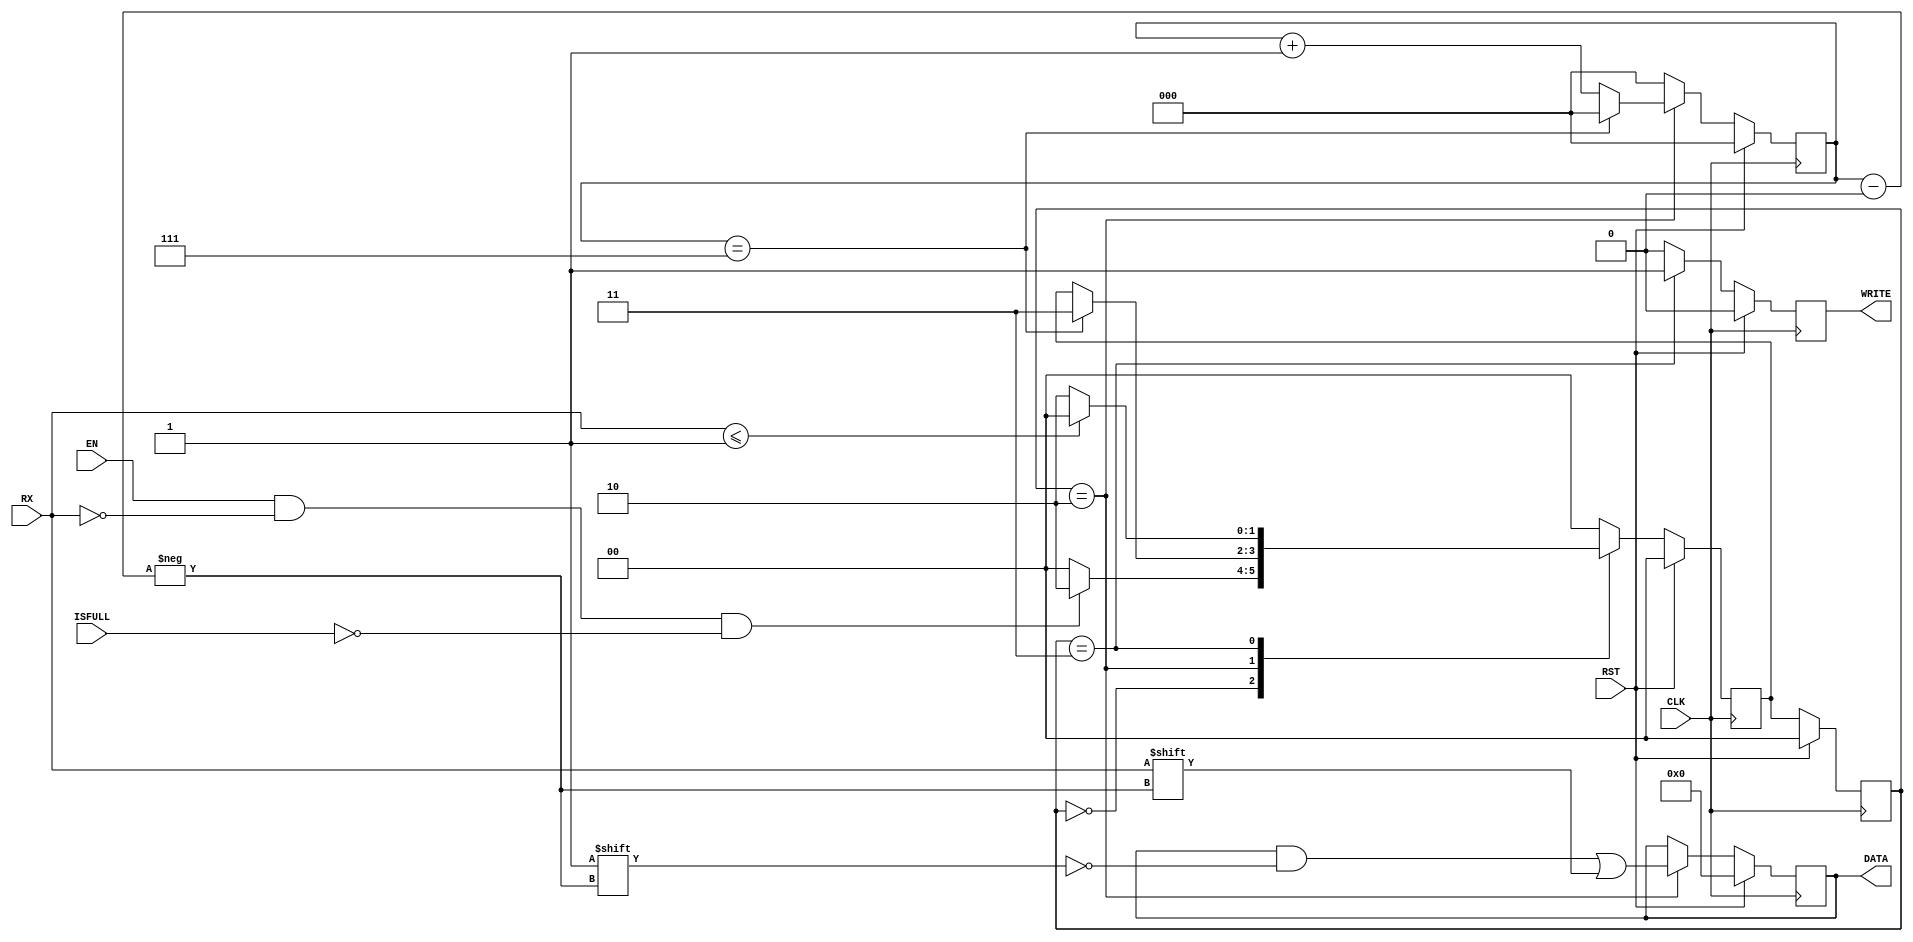
module uart_rx(
  input                       CLK,
  input                       RST,
  input                       EN,
  input                       RX,
  input                       ISFULL,
  output                      WRITE,
  output  [DATAWIDTH - 1 : 0] DATA
);

  parameter DATAWIDTH = 8;
  parameter IDLE      = 4'h0;
  parameter START     = 4'h1;
  parameter BIT_RX    = 4'h2;
  parameter STOP      = 4'h3;

  reg                     write_reg;
  reg [DATAWIDTH - 1 : 0] data_reg;
  reg [1:0]               curr_state;
  reg [1:0]               next_state;
  reg [2:0]               bit_cnt;

  always @ (posedge CLK) begin
    if(RST == 1) begin
      curr_state  <=  IDLE;
      next_state  <=  IDLE;
      write_reg   <=  1'h0;
      data_reg    <=  8'h0;
      bit_cnt     <=  3'h0;
    end
    else begin
      case(curr_state)
        IDLE: begin
          write_reg <= 1'b0;
          bit_cnt <= 3'h0;
          if((EN == 1'b1) && (RX == 1'b0) && (ISFULL == 1'b0)) begin
            next_state <= BIT_RX;
          end
          else begin
            next_state <= IDLE;
          end
        end
        BIT_RX: begin
          data_reg[bit_cnt] <= RX;
          write_reg <= 'b0;

          if(bit_cnt == 3'h7) begin
            bit_cnt <= 8'h0;
            next_state <= STOP;
          end
          else begin
            bit_cnt <= bit_cnt + 1'b1;
          end
        end
        STOP: begin
          write_reg <= 1'b1;
          bit_cnt <= 3'h0;
          if(RX <= 1'b1) begin
            next_state <= IDLE;
          end
          else begin
            next_state <= BIT_RX;
          end
        end
        default: begin
          bit_cnt <= 3'h0;
          next_state <= IDLE;
          data_reg <= data_reg;
          write_reg <= 1'b0;
        end
      endcase
      curr_state <= next_state;
    end
  end

  assign DATA = data_reg;
  assign WRITE = write_reg;

endmodule